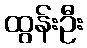
ထွန်းဦး